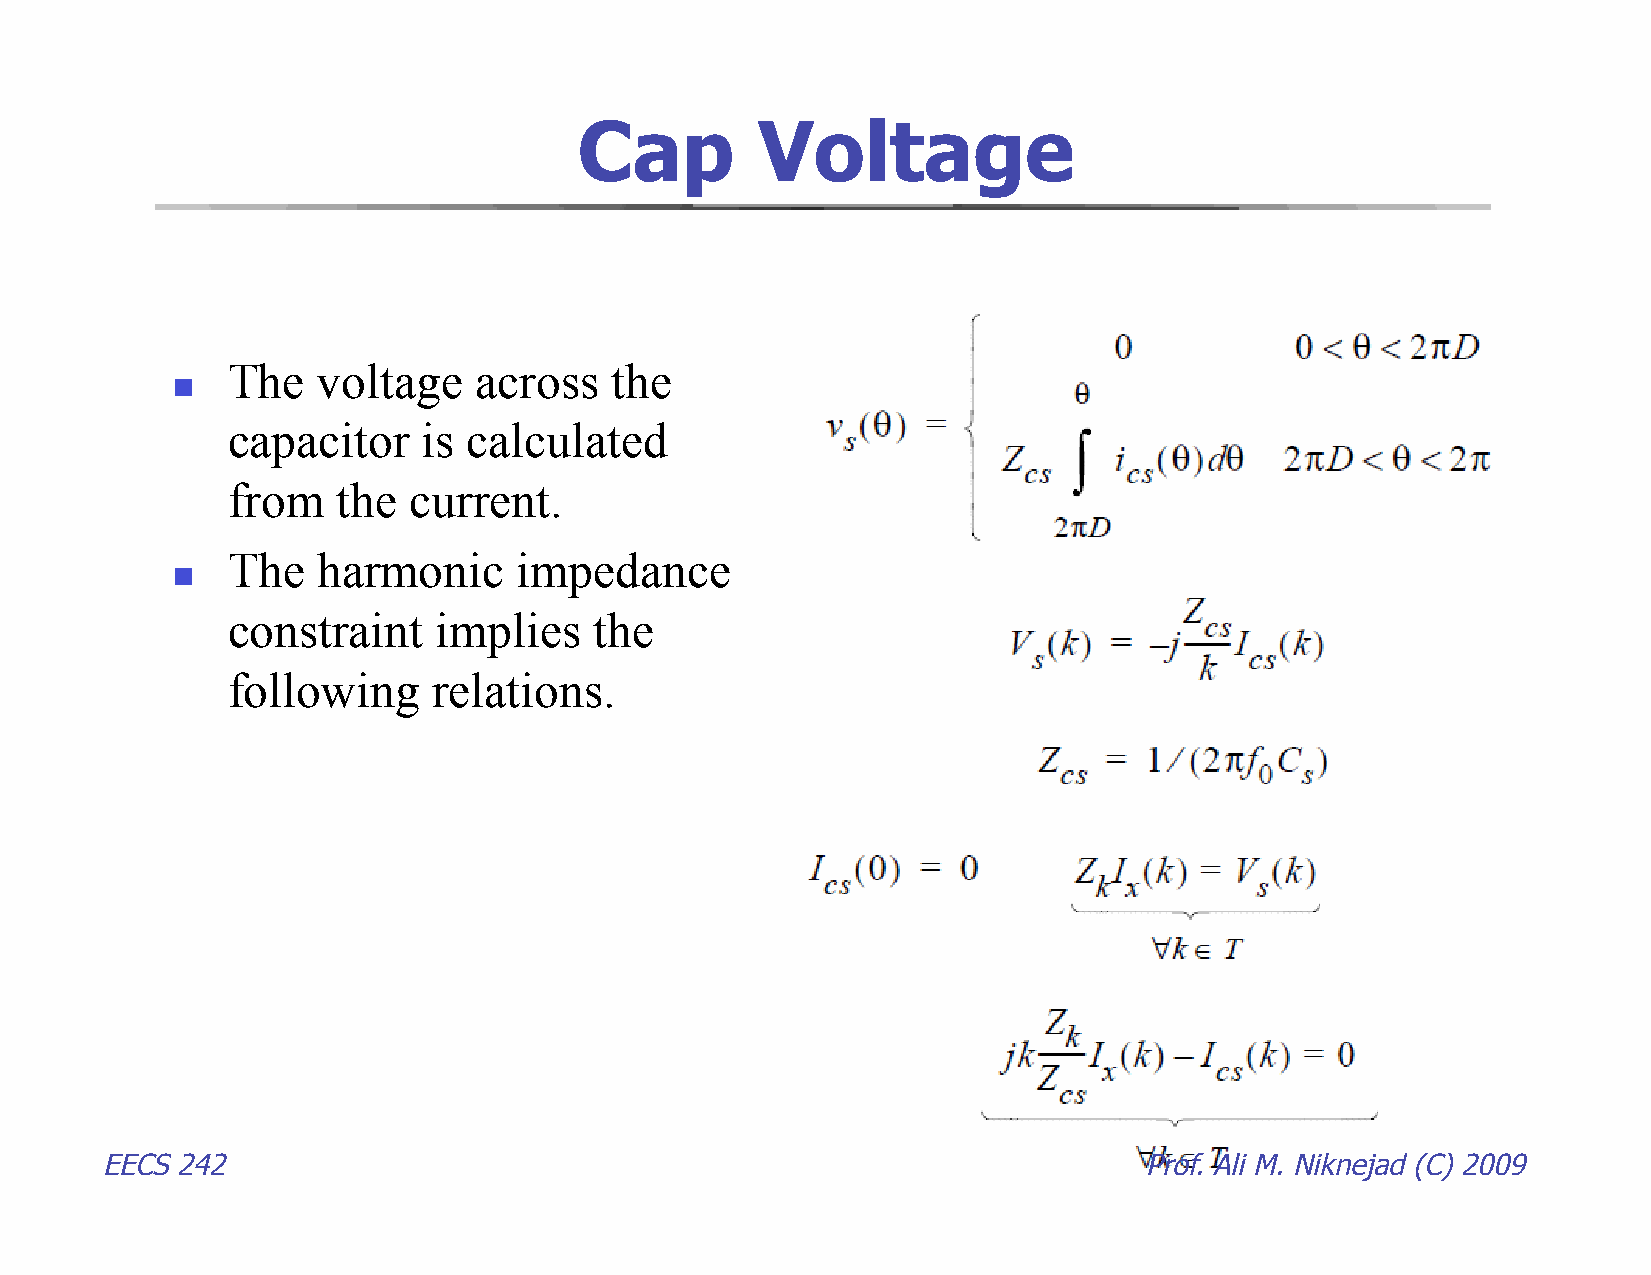
Cap         Voltage
 The   voltage   across   the
 
 capacitor    is calculated
 from   the  current.
 The   harmonic     impedance
 
 constraint    implies   the
 following     relations.
 EECS 242                                                             Prof. Ali M. Niknejad (C) 2009